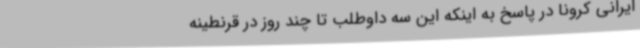
ایرانی کرونا در پاسخ به اینکه این سه داوطلب تا چند روز در قرنطینه